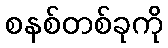
စနစ်တစ်ခုကို